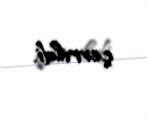
çevrildi.